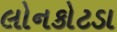
લોનકોટડા